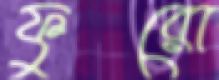
ফুরো